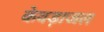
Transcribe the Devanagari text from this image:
केवड़ाजल